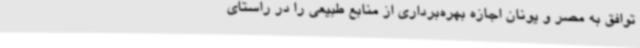
توافق به مصر و یونان اجازه بهره‌برداری از منابع طبیعی را در راستای